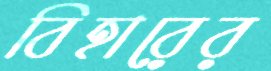
বিহারের